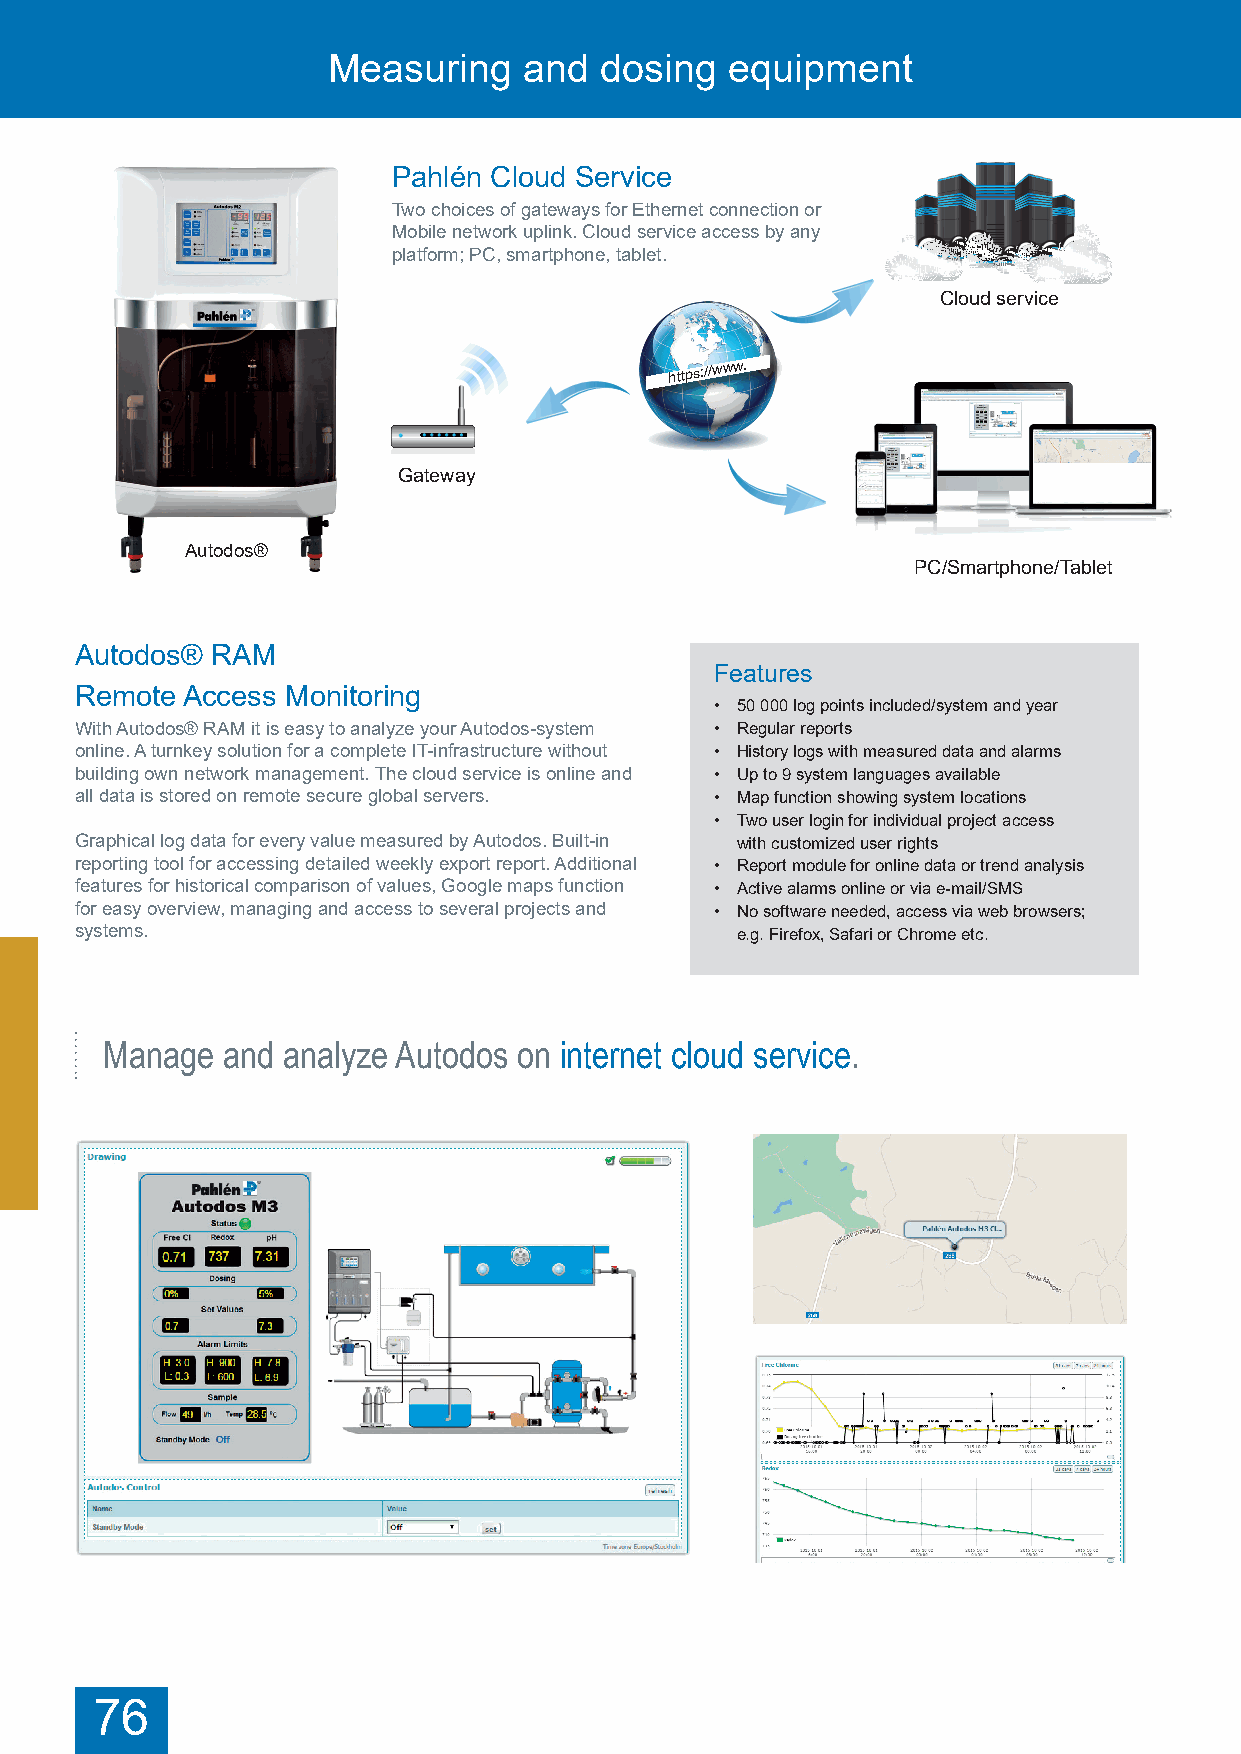
Measuring    and  dosing  equipment                                               Measuring    and  dosing  equipment
 Pahlén Cloud Service
 Two choices of gateways for Ethernet connection or
 Mobile network uplink. Cloud service access by any
 platform; PC, smartphone, tablet.
 Cloud service
 https://www.
 Gateway
 Autodos®
 PC/Smartphone/Tablet
 Autodos® RAM
 Features
 Remote Access Monitoring
 • 50 000 log points included/system and year
 With Autodos® RAM it is easy to analyze your Autodos-system • Regular reports
 online. A turnkey solution for a complete IT-infrastructure without • History logs with measured data and alarms
 building own network management. The cloud service is online and • Up to 9 system languages available
 all data is stored on remote secure global servers. • Map function showing system locations
 • Two user login for individual project access
 Graphical log data for every value measured by Autodos. Built-in with customized user rights
 reporting tool for accessing detailed weekly export report. Additional • Report module for online data or trend analysis
 features for historical comparison of values, Google maps function • Active alarms online or via e-mail/SMS
 for easy overview, managing and access to several projects and • No software needed, access via web browsers;
 systems.                                    e.g. Firefox, Safari or Chrome etc.
 Manage  and analyze Autodos on internet cloud service.
 76